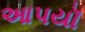
આપયૉ